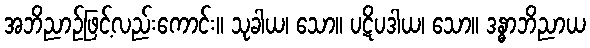
အဘိညာဉ်ဖြင့်လည်းကောင်း။ သုခါယ၊ သော။ ပဋိပဒါယ၊ သော။ ဒန္ဓာဘိညာယ